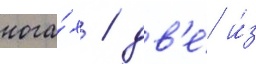
нога́х / дв'е́ и́з